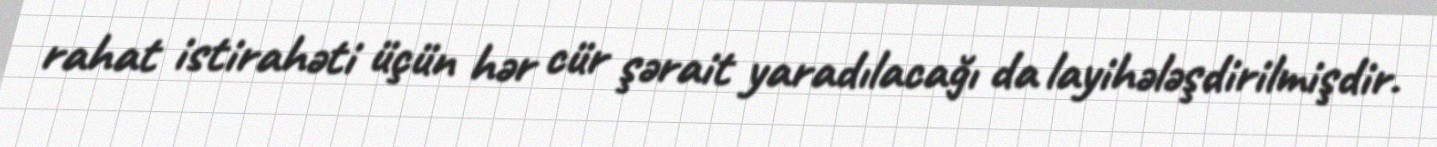
rahat istirahəti üçün hər cür şərait yaradılacağı da layihələşdirilmişdir.